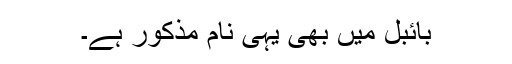
بائبل میں بھی یہی نام مذکور ہے۔